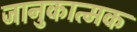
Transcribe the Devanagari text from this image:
जानुकात्मक